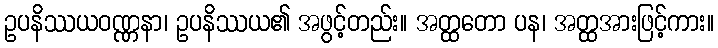
ဥပနိဿယဝဏ္ဏနာ၊ ဥပနိဿယ၏ အဖွင့်တည်း။ အတ္ထတော ပန၊ အတ္ထအားဖြင့်ကား။